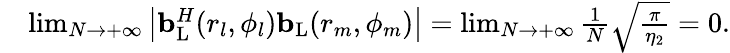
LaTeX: \begin{array}{rl}&{\operatorname*{lim}_{N\to+\infty}\left|{\mathbf{b}}_{\mathrm{{L}}}^{H}(r_{l},\phi_{l}){\mathbf{b}}_{\mathrm{L}}(r_{m},\phi_{m})\right|=\operatorname*{lim}_{N\to+\infty}\frac{1}{N}\sqrt{\frac{\pi}{\eta_{2}}}=0.}\end{array}